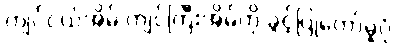
ကျင်ငယ်အိမ် ကျင်ကြီးအိမ်ကို ခွင့်ပြုတော်မူပုံ